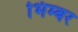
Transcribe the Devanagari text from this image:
भिम्बर